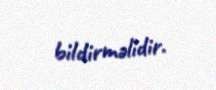
bildirməlidir.